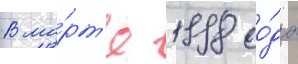
В ма́рт'е 1998 го́да